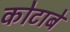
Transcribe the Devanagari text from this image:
कोटाबे